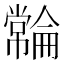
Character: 𫷓